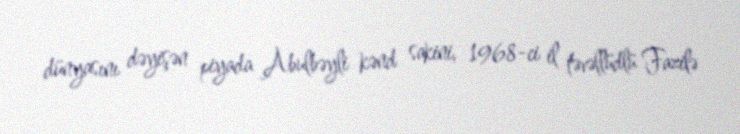
dünyasını dəyişən piyada Abulbəyli kənd sakini, 1968-ci il təvəllüdlü Fazilə